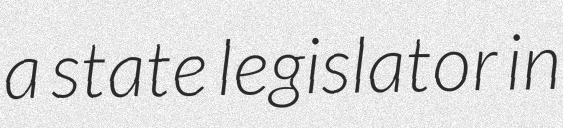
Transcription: a state legislator in